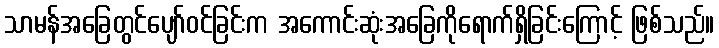
သာမန်အခြေတွင်ပျော်ဝင်ခြင်းက အကောင်းဆုံးအခြေကိုရောက်ရှိခြင်းကြောင့် ဖြစ်သည်။